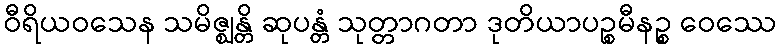
ဝီရိယဝသေန သမိဇ္ဈန္တိ ဆုပန္တံ သုတ္တာဂတာ ဒုတိယာပဉ္စမီနဉ္စ ဝေဿေ